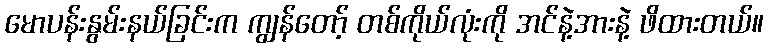
မောပန်းနွမ်းနယ်ခြင်းက ကျွန်တော့် တစ်ကိုယ်လုံးကို အင်နဲ့အားနဲ့ ဖိထားတယ်။